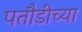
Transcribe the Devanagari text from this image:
पतौडीच्या